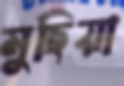
মুছিয়া